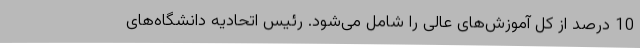
10 درصد از کل آموزش‌های عالی را شامل می‌شود. رئیس اتحادیه دانشگاه‌های